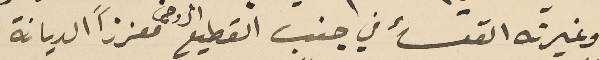
وغيرته القسأ في جنب القطيع الروحى معززًا الديانة